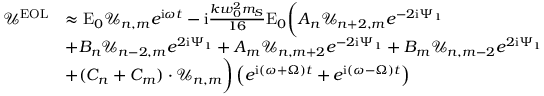
\begin{array} { r l } { \mathcal { U } ^ { \mathrm { E O L } } } & { \approx \mathrm { E } _ { 0 } \mathcal { U } _ { n , m } e ^ { \mathrm { i } \omega t } - \mathrm { i } \frac { k w _ { 0 } ^ { 2 } m _ { S } } { 1 6 } \mathrm { E } _ { 0 } \bigg ( A _ { n } \mathcal { U } _ { n + 2 , m } e ^ { - 2 \mathrm { i } \Psi _ { 1 } } } \\ & { + B _ { n } \mathcal { U } _ { n - 2 , m } e ^ { 2 \mathrm { i } \Psi _ { 1 } } + A _ { m } \mathcal { U } _ { n , m + 2 } e ^ { - 2 \mathrm { i } \Psi _ { 1 } } + B _ { m } \mathcal { U } _ { n , m - 2 } e ^ { 2 \mathrm { i } \Psi _ { 1 } } } \\ & { + ( C _ { n } + C _ { m } ) \cdot \mathcal { U } _ { n , m } \bigg ) \left( e ^ { \mathrm { i } ( \omega + \Omega ) t } + e ^ { \mathrm { i } ( \omega - \Omega ) t } \right) } \end{array}